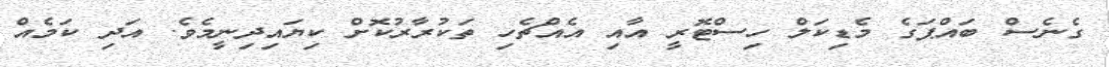
ގެނެސް ބައްޕަގެ މެޑިކަލް ހިސްޓޮރީ އާއި އެއްޗެހި ތަކުރާރުކޮށް ކިޔައިދިނީމެވެ. އަދި ކަމެއް